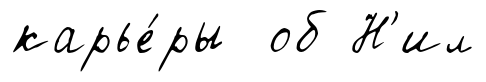
карье́ры об Н'ил